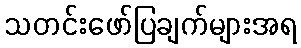
သတင်းဖော်ပြချက်များအရ